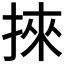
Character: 𢯦